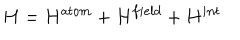
LaTeX: H = H ^ { a t o m } + H ^ { f i e l d } + H ^ { i n t }